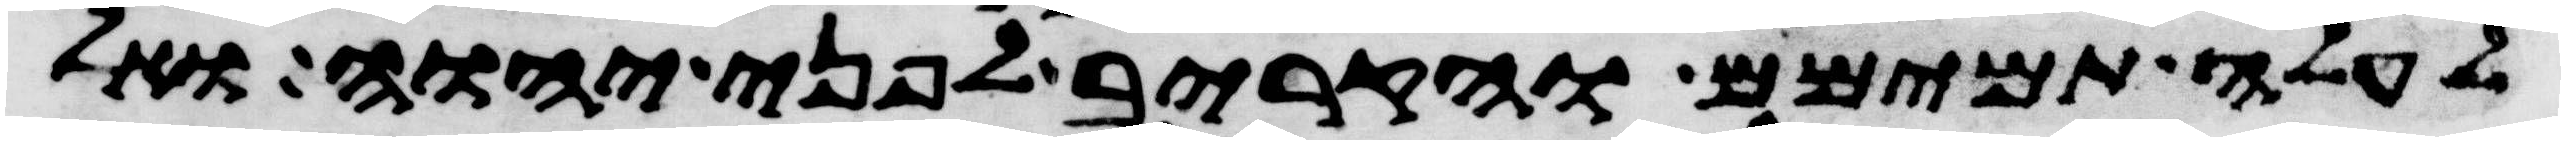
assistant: לעלה תמימם והקריב לפני יהוה ואל